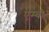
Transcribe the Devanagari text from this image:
एम्बी